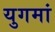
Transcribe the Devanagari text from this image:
युगमां